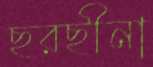
ছরছীনা